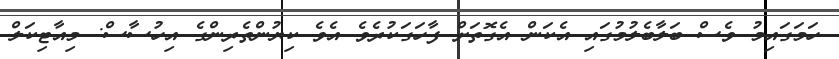
ހަމަގައިމު ވެސް ބަލާބެލުމުގައި އެކަން އެގޮތަށް ފާހަގަކުރެވެ އެވެ ކިޔުންތެރިންގެ އިހުސާސް: މިއާޓިކަލް